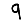
Digit: 9